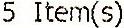
5 ITEM(S)